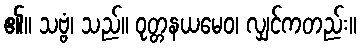
၏။ သဗ္ဗံ၊ သည်။ ဝုတ္တနယမေဝ၊ လျှင်ကတည်း။